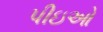
પીઇઓ